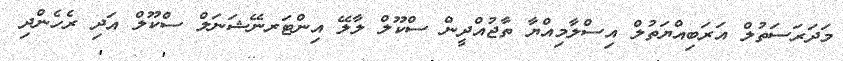
މަދަރަސަތުލް އަރަބިއްޔަތުލް އިސްލާމިއްޔާ ތާޖުއްދީން ސްކޫލް ލާލޭ އިންޓަރނޭޝަނަލް ސްކޫލް އަދި ރެހެންދި